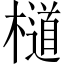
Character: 檤